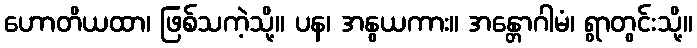
ဟောတိယထာ၊ ဖြစ်သကဲ့သို့။ ပန၊ အနွယကား။ အန္တောဂါမံ၊ ရွာတွင်းသို့။